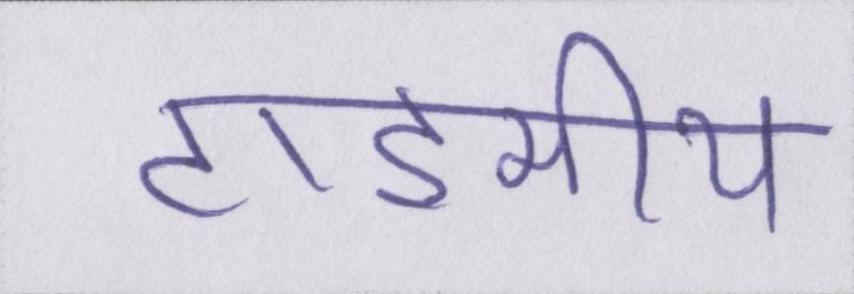
टाइमीय